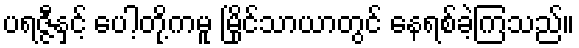
ပရဇ္ဇီနှင့် ပေါ့တို့ကမူ မြိုင်သာယာတွင် နေရစ်ခဲ့ကြသည်။